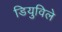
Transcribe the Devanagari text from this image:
डियुविले